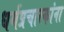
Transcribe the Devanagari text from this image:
धर्मप्रचारकांना